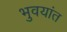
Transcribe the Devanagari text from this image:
भुवयांत